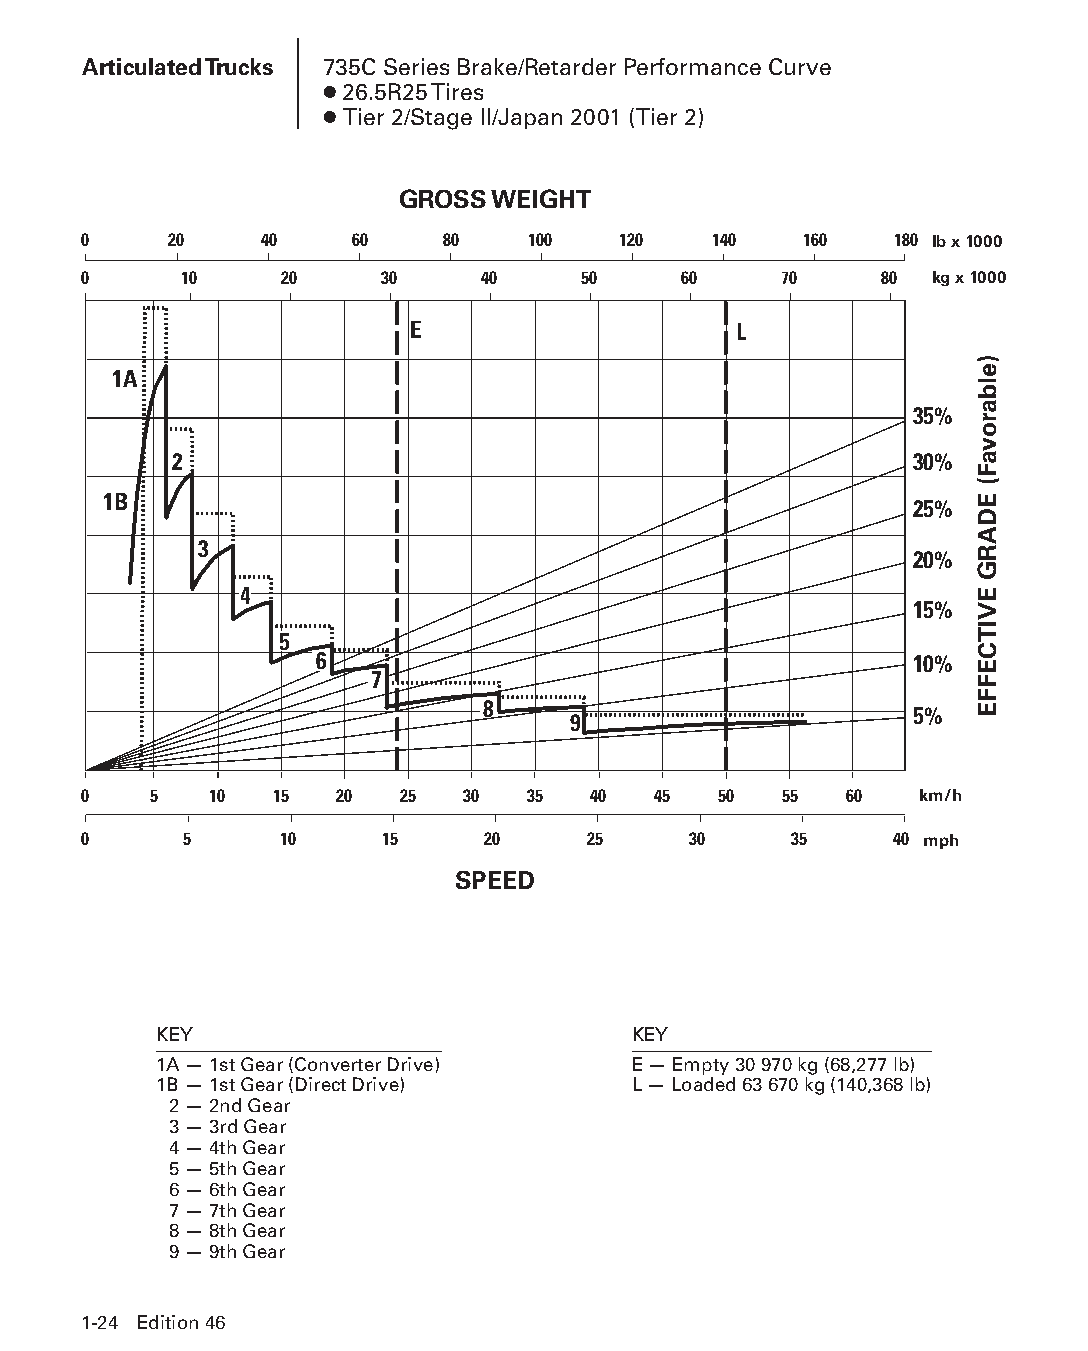
Articulated Trucks 735C Series Brake/Retarder Performance Curve
 ● 26.5R25 Tires
 ● Tier 2/Stage II/Japan 2001 (Tier 2)
 GROSS WEIGHT
 0    20     40    60    80   100   120   140    160   180 lb x 1000
 0     10     20     30    40     50    60     70     80 kg x 1000
 E                    L
 1A
 35%
 2                                                30%
 1B
 25%
 3
 20%
 4
 15%
 5
 6                                       10%
 7
 8
 5%
 9
 0   5   10  15   20  25  30  35   40  45  50  55  60   km/h
 0     5      10     15    20     25     30     35     40 mph
 SPEED
 KEY                            KEY
 1A — 1st Gear (Converter Drive) E — Empty 30 970 kg (68,277 lb)
 1B — 1st Gear (Direct Drive)   L — Loaded 63 670 kg (140,368 lb)
 2 — 2nd Gear
 3 — 3rd Gear
 4 — 4th Gear
 5 — 5th Gear
 6 — 6th Gear
 7 — 7th Gear
 8 — 8th Gear
 9 — 9th Gear
 1-24 Edition 46
 PPHHBB--SSeecc0011--1166..iinndddd 2244                        1122//44//1155 1100::2244 AAMM
 )elbarovaF(
 EDARG
 EVITCEFFE